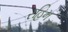
રહિમ